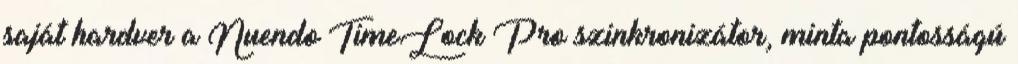
saját hardver a Nuendo TimeLock Pro szinkronizátor, minta pontosságú